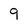
Character: 9